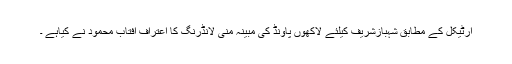
آرٹیکل کے مطابق شہبازشریف کیلئے لاکھوں پاونڈ کی مبینہ منی لانڈرنگ کا اعتراف آفتاب محمود نے کیاہے ۔